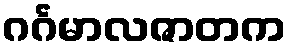
ဂင်္ဂမာလဇာတက